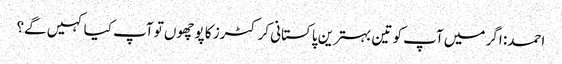
احمد: اگر میں آپ کو تین بہترین پاکستانی کرکٹرز کا پوچھوں تو آپ کیا کہیں گے؟